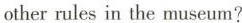
other rules in the museum?